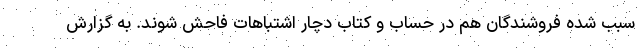
سبب شده فروشندگان هم در حساب و کتاب دچار اشتباهات فاحش شوند. به گزارش